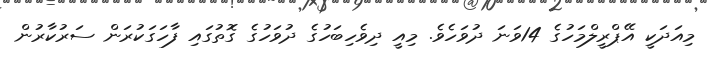
މިއަދަކީ އޭޕްރީލްމަހުގެ 14ވަނަ ދުވަހެވެ. މިއީ ދިވެހިބަހުގެ ދުވަހުގެ ގޮތުގައި ފާހަގަކުރަން ސަރުކާރުން